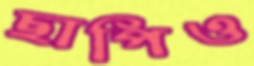
ছাপিও